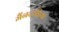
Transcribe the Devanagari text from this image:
मैंनटाडिया